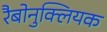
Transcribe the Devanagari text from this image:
रैबोनुक्लियक